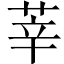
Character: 莘